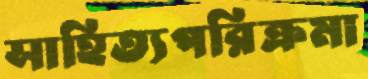
সাহিত্যপরিক্রমা